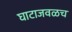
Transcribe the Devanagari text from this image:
घाटाजवळच